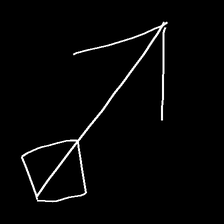
Glyph: focus